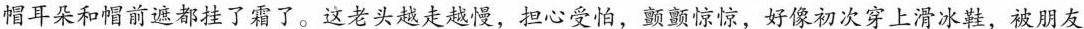
帽耳朵和帽前遮都挂了霜了。这老头越走越慢，担惊受怕，颤颤惊惊，好像初次穿上滑冰鞋，被朋友